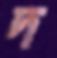
দ